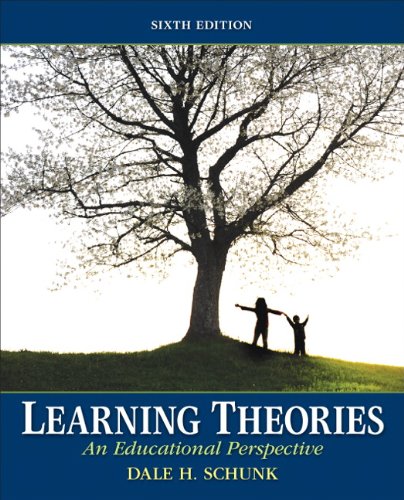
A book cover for Learning Theories: An Educational Perspective (6th Edition); Dale H. Schunk; Medical Books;